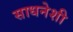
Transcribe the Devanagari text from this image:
साधनेशी